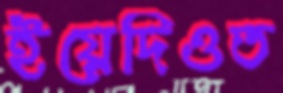
ইয়েদিওত